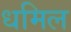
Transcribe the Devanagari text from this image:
धमिल